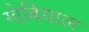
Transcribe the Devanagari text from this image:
ग्वेबियाल